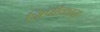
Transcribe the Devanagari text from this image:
शिंपीकाम